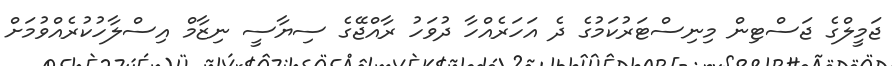
ޖަމީލްގެ ޖަސްޓިން މިނިސްޓަރުކަމުގެ ދެ އަހަރެއްހާ ދުވަހު ރާއްޖޭގެ ސިޔާސީ ނިޒާމް އިސްލާހުކުރެއްވުމަށް